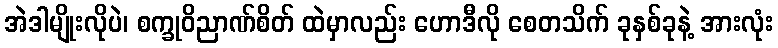
အဲဒါမျိုးလိုပဲ၊ စက္ခုဝိညာဏ်စိတ် ထဲမှာလည်း ဟောဒီလို စေတသိက် ခုနှစ်ခုနဲ့ အားလုံး